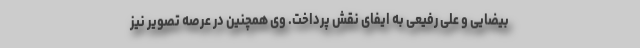
بیضایی و علی رفیعی به ایفای نقش پرداخت. وی همچنین در عرصه تصویر نیز